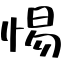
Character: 惕